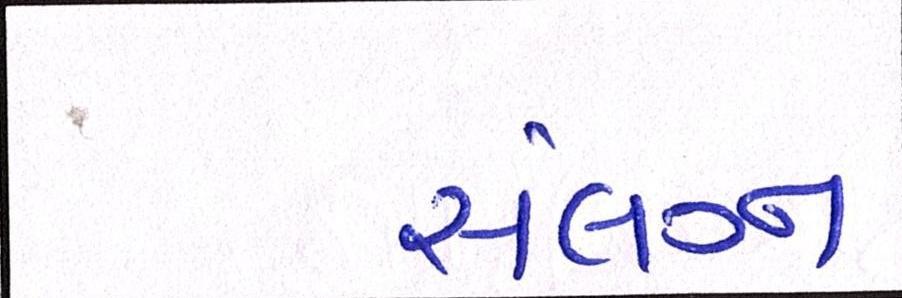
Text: સંલગ્ન